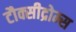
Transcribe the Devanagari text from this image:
टौक्सीद्रोम्स